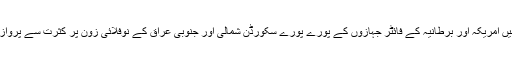
دسمبر 1998میں امریکہ اور برطانیہ کے فائٹر جہازوں کے پورے پورے سکورڈن شمالی اور جنوبی عراق کے نوفلائی زون پر کثرت سے پروازیں کرتے تھے۔